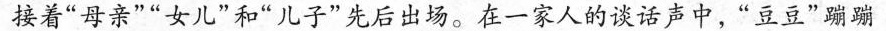
接着”母亲””女儿”和”儿子”先后出场。在一家人的谈话声中，”豆豆”蹦蹦